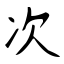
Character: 次